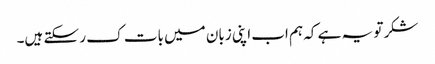
شکر تو یہ ہے کہ ہم اب اپنی زبان میں بات ک ر سکتے ہیں۔